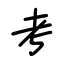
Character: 考